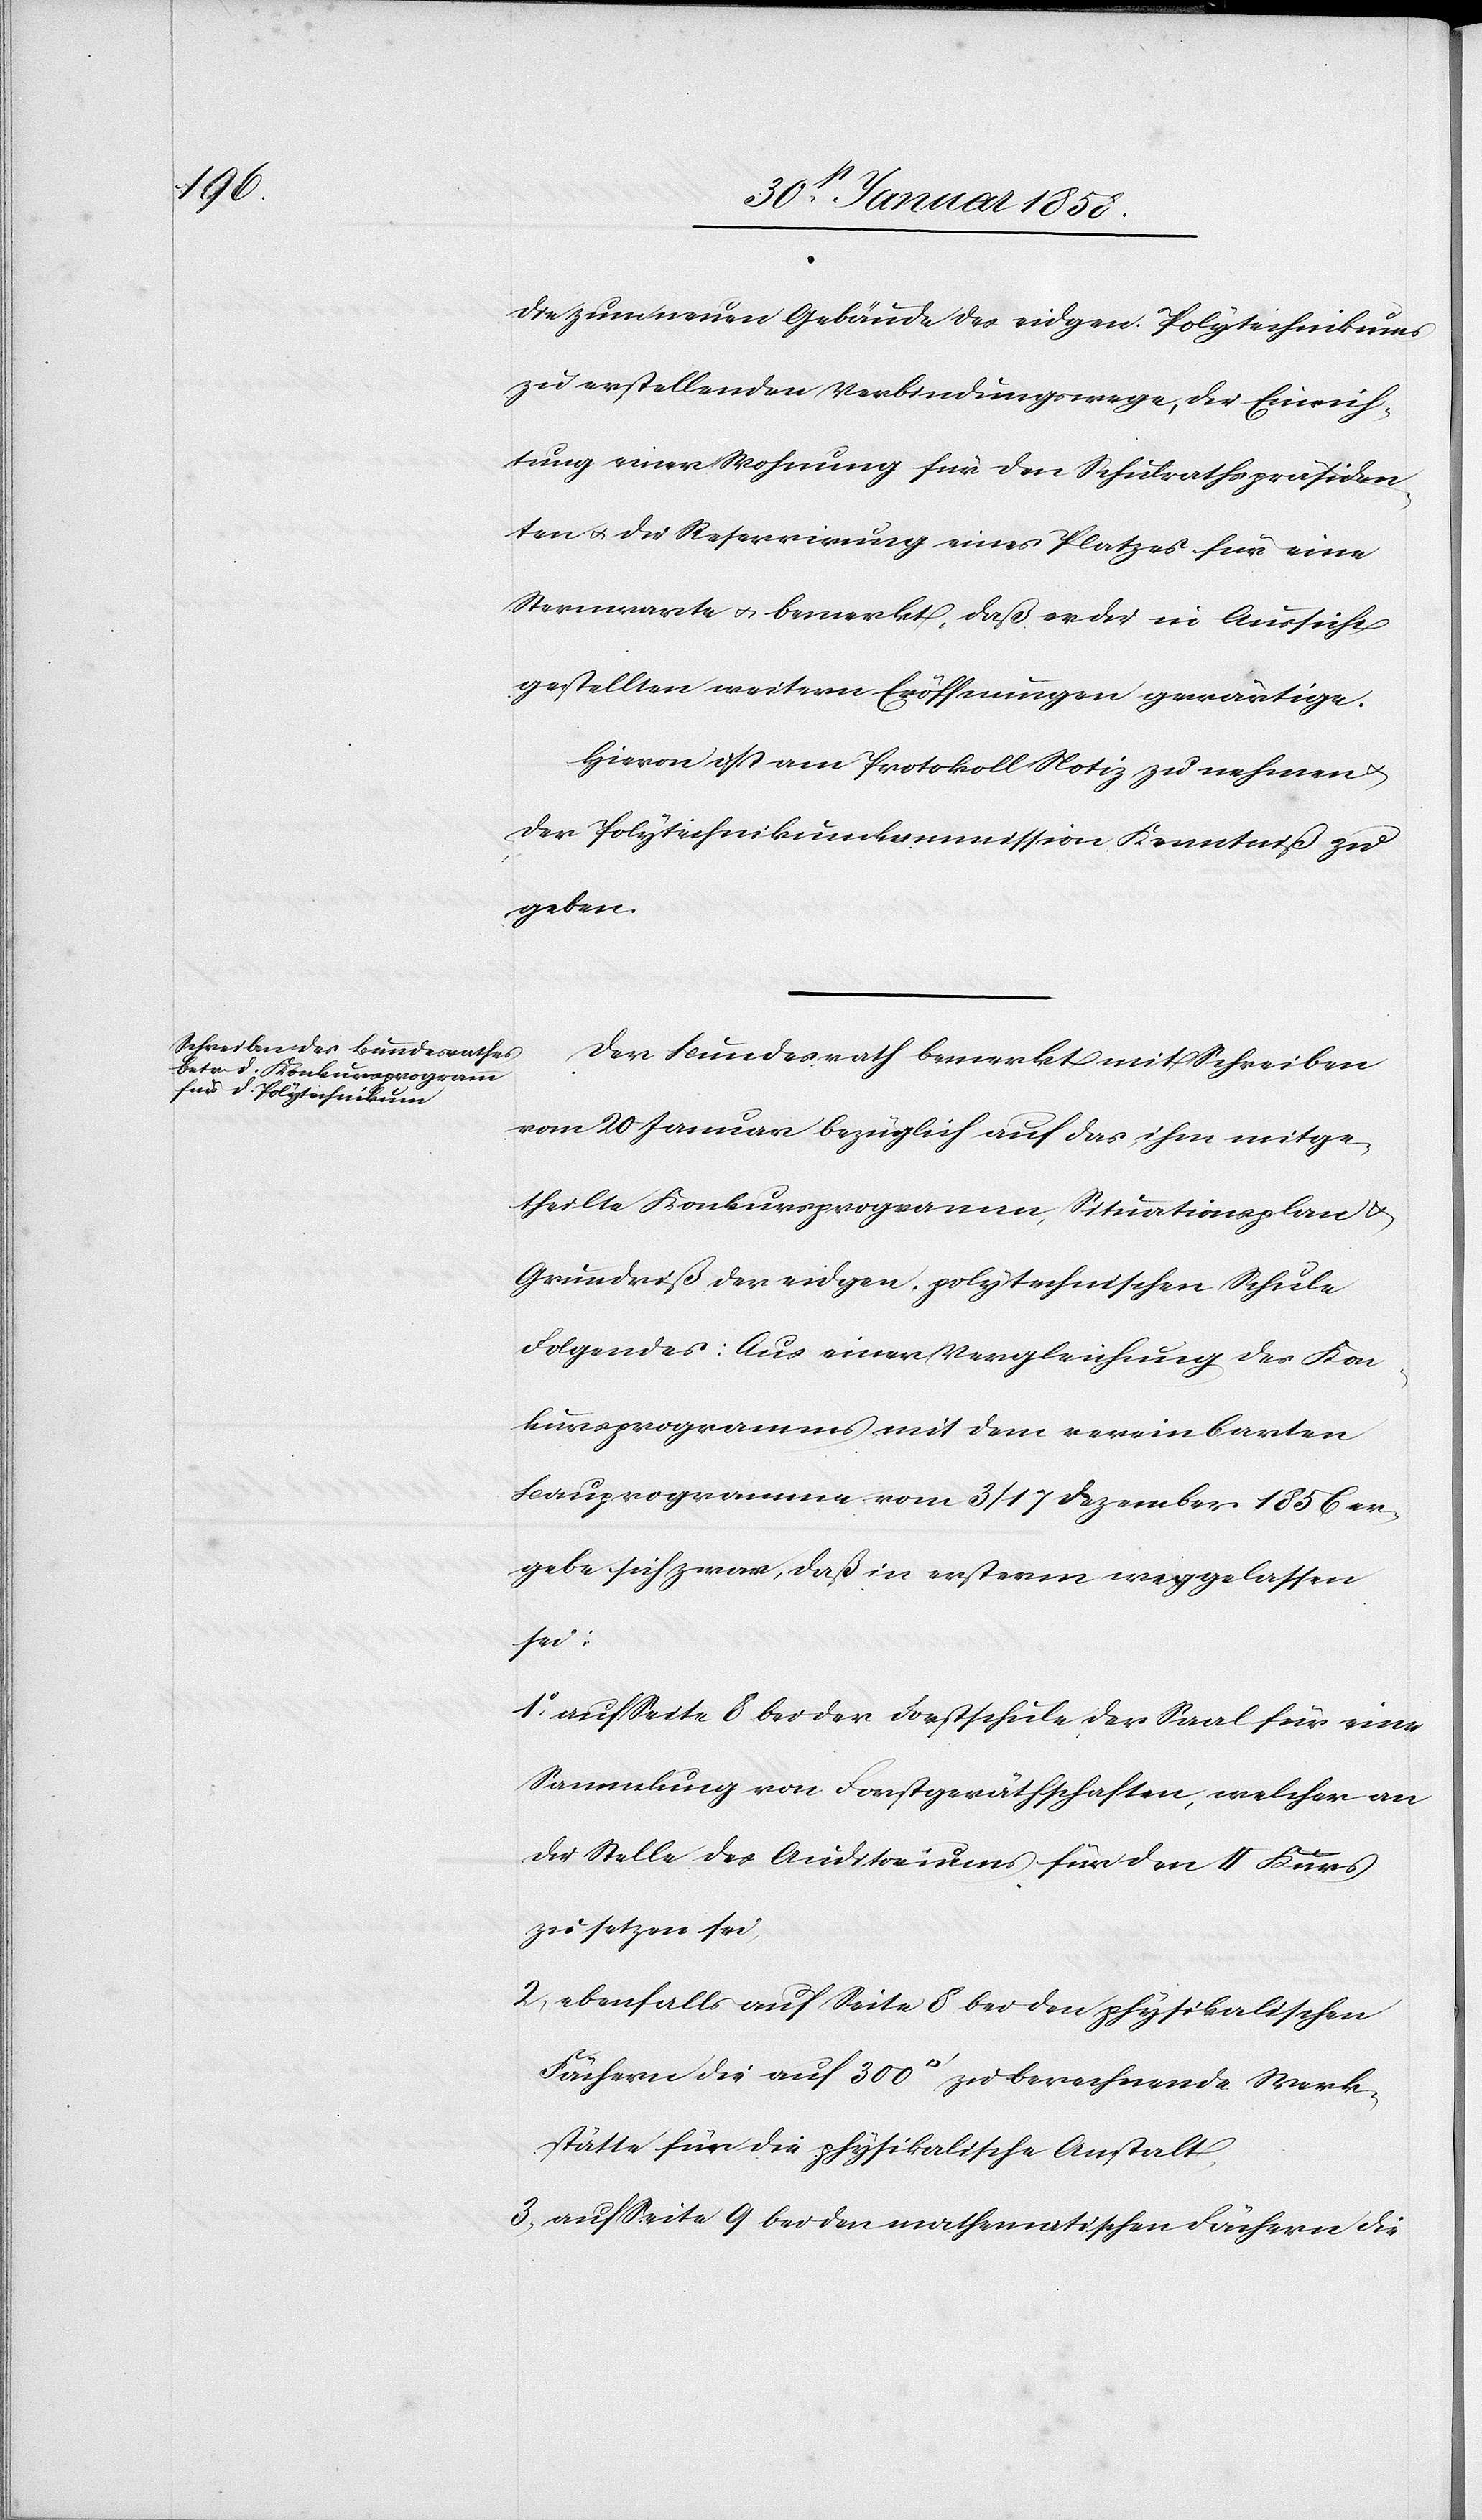
die zum neuen Gebäude des eidgen. Polytechnikums
zu erstellenden Verbindungswege, die Einrich¬
tung einer Wohnung für den Schulrathspräsiden¬
ten u. die Reservirung eines Platzes für eine
Sternwarte u. bemerkt, daß er die in Aussicht
gestellten weitern Eröffnungen gewärtige.
Hievon ist am Protokoll Notiz zu nehmen u.
der Polytechnikumskommission Kenntniß zu
geben.
Der Bundesrath bemerkt mit Schreiben
vom 20 Januar bezüglich auf das ihm mitge¬
theilte Konkursprogramm Situationsplan u.
Grundriß der eidgen. polytechnischen Schule
Folgendes: Aus einer Vergleichung des Kon¬
kursprogrammes mit dem vereinbarten
Bauprogramme vom 3/17 Dezember 1856 er¬
gebe sich zwar, daß in ersterm weggelassen
sei:
1. auf Seite 8 bei der Forstschule, der Saal für eine
Sammlung von Forstgeräthschaften, welcher an
die Stelle des Auditoriums für den II Kurs
zu setzen sei.
2. ebenfalls auf Seite 8, bei den physikalischen
Fächern die auf 300 [Quadratfuss] zu berechnende Werk¬
stätte für die physikalische Anstalt.
3. auf Seite 9 bei den mathematischen Fächern die